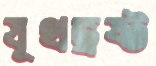
যূথভ্রষ্ট